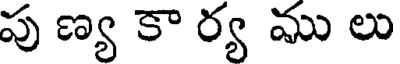
పు ణ్య కా ర్య ము లు